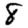
Digit: 8